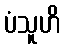
ပံသူဟိ